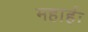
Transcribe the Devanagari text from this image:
महार्हः